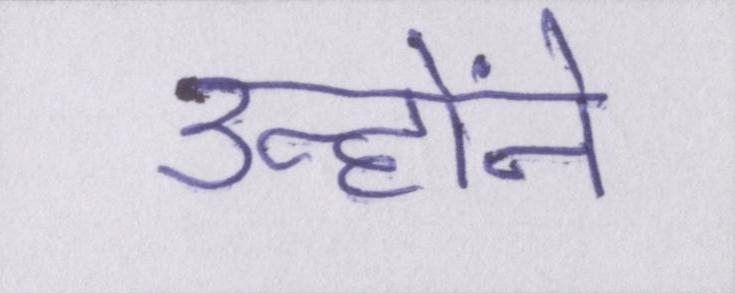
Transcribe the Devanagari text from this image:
उन्होंने